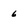
Character: 6